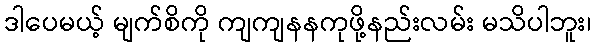
ဒါပေမယ့် မျက်စိကို ကျကျနနကုဖို့နည်းလမ်း မသိပါဘူး၊